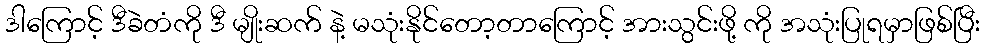
ဒါကြောင့် ဒီခဲတံကို ဒီ မျိုးဆက် နဲ့ မသုံးနိုင်တော့တာကြောင့် အားသွင်းဖို့ ကို အသုံးပြုရမှာဖြစ်ပြီး